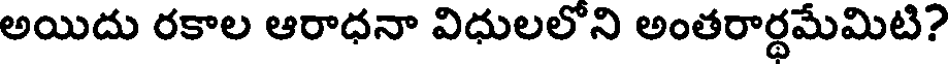
అయిదు రకాల ఆరాధనా విధులలోని అంతరార్థమేమిటి?